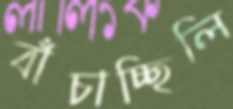
বাঁচাচ্ছিলি